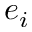
e _ { i }